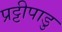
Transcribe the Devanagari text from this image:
प्रट्टीपाडु